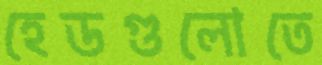
হেডগুলোতে